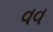
વવ